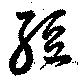
経